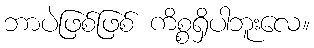
ဘာပဲဖြစ်ဖြစ် ကိစ္စရှိပါဘူးလေ။